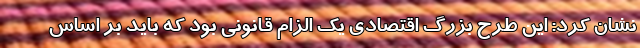
نشان کرد: این طرح بزرگ اقتصادی یک الزام قانونی بود که باید بر اساس